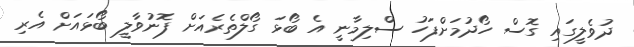
ދުވެލީގައި ގޮސް ހޯދުމަށްފަހު ސްލިމާނީ އެ ބޯޅަ ގޯލްތެރެއަށް ފޮނުވާލީ ބޯޅައަށް އެރި